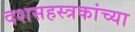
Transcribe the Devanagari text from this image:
दशसहस्त्रकांच्या